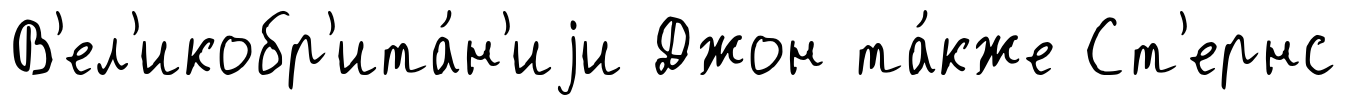
В'ел'икобр'ита́н'иjи Джон та́кже Ст'ернс